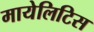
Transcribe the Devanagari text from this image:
मायेलिटिस